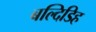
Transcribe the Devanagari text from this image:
बल्दिडिह